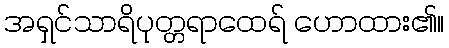
အရှင်သာရိပုတ္တရာထေရ် ဟောထား၏။